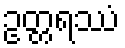
ဥတ္တရဿံ